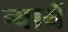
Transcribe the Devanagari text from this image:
न्यायें